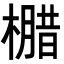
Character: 𭬄